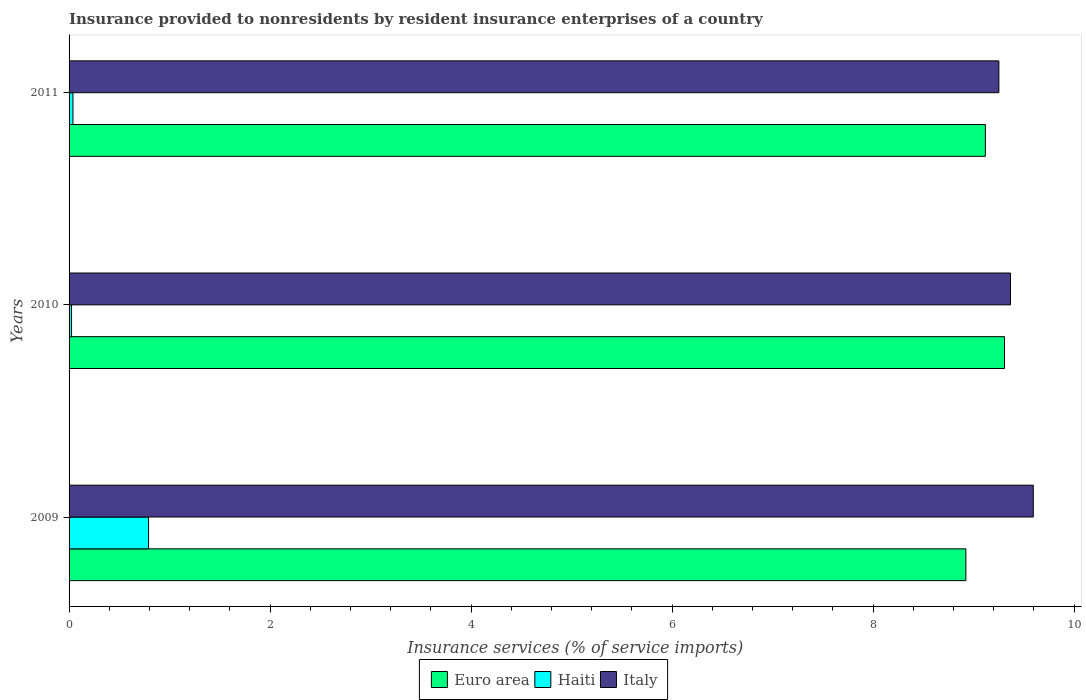
| Years | Euro area | Haiti | Italy |
 | --- | --- | --- | --- |
 | 2009 | 8.92 | 0.791 | 9.59 |
 | 2010 | 9.31 | 0.0246 | 9.37 |
 | 2011 | 9.12 | 0.0387 | 9.25 |